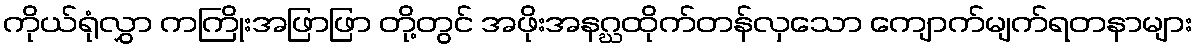
ကိုယ်ရုံလွှာ ကကြိုးအဖြာဖြာ တို့တွင် အဖိုးအနဂ္ဃထိုက်တန်လှသော ကျောက်မျက်ရတနာများ